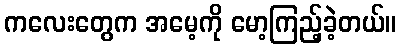
ကလေးတွေက အမေ့ကို မော့ကြည့်ခဲ့တယ်။